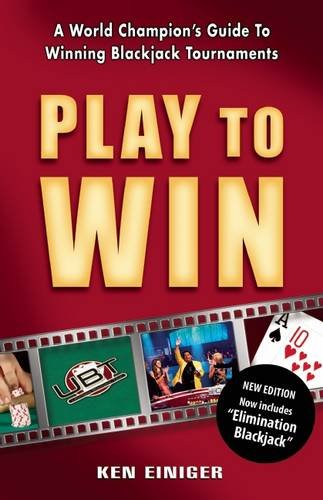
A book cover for Play to Win; Ken Einiger; Humor & Entertainment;